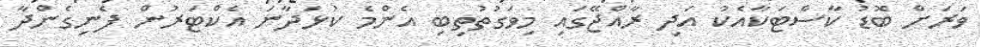
ވަރަށް ބޮޑު ކާސްޓަކާއެކު އަދި ރާއްޖޭގައި މިވަގުތުތިބި އެންމެ ކުޅަދާނަ އެކްޓަރުން ފެނިގެންދާ